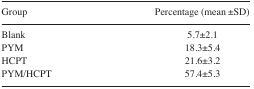
<table><thead><tr><td><b>Group</b></td><td><b>Percentage (mean ±SD)</b></td></tr></thead><tbody><tr><td>Blank</td><td>5.7±2.1</td></tr><tr><td>PYM</td><td>18.3±5.4</td></tr><tr><td>HCPT</td><td>21.6±3.2</td></tr><tr><td>PYM/HCPT</td><td>57.4±5.3</td></tr></tbody></table>